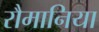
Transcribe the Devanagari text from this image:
रौमानिया